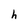
Character: h